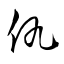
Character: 仇